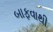
બાફવાથી